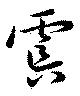
虞